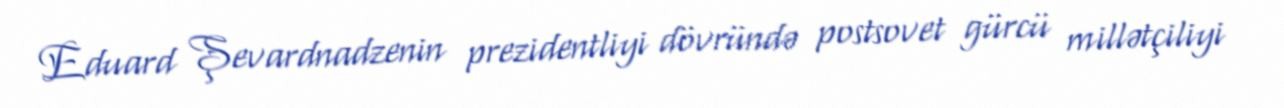
Eduard Şevardnadzenin prezidentliyi dövründə postsovet gürcü millətçiliyi